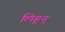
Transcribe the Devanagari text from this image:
लिहून्